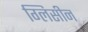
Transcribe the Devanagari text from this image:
ग्लिसीन